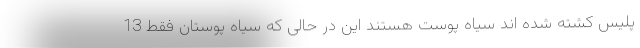
پلیس کشته شده اند سیاه پوست هستند این در حالی که سیاه پوستان فقط 13